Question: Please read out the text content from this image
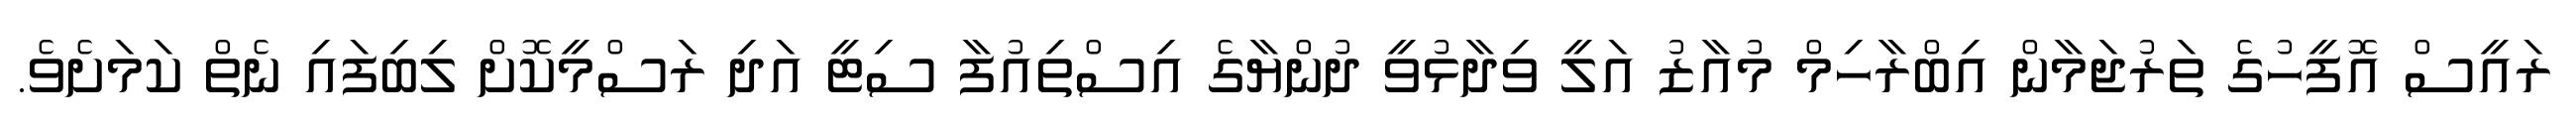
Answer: ރައީސް އޮފީހުގެ ތަރުޖަމާން އިބްރާހިމް މުއާޒު އަލީ ވިދާޅުވީ ދުންޔާގެ އިސްތިއުފާ ސިޓީ އަދި ރަސްމީކޮށް ލިބިފައި ނެތް ކަމަށެވެ.